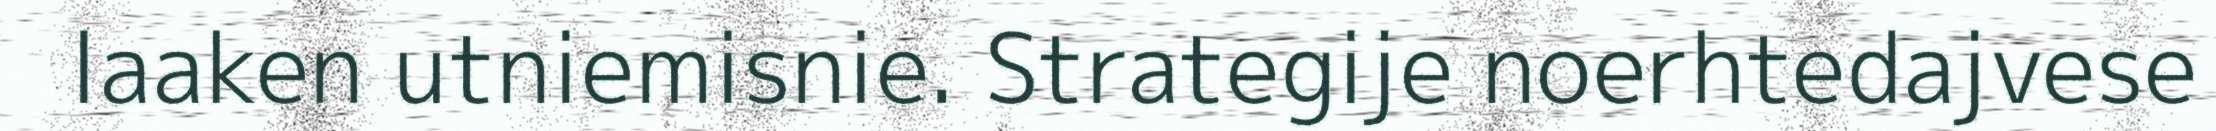
laaken utniemisnie. Strategije noerhtedajvese